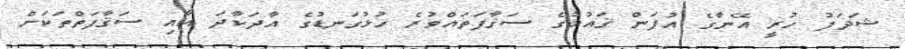
ޝަދަފު ހުރީ އޭނާގެ އުފަން ޤައުމުގެ ސަޤާފަތައްވުރެ ހުޅުގަނޑުގެ އާދަކާދަ އާއި ސަޤާފަތްތަކަށް